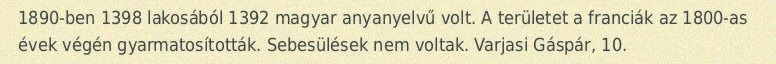
1890-ben 1398 lakosából 1392 magyar anyanyelvű volt. A területet a franciák az 1800-as évek végén gyarmatosították. Sebesülések nem voltak. Varjasi Gáspár, 10.